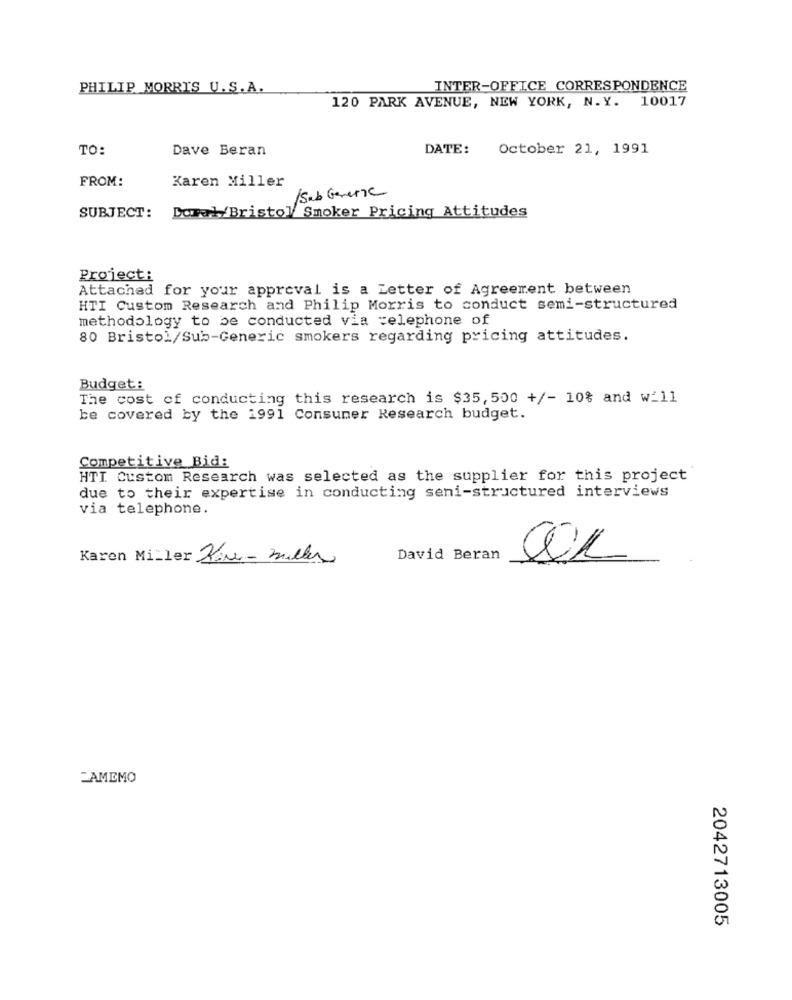
PHILIP MORRIS U.S.A.
INTER-OFFICE CORRESPONDENCE
120 PARK AVENUE, NEW YORK, N. Y. 10017
TO:
Dave Beran
DATE:
October 21, 1991
FROM:
Karen Miller
/Sub Generic
Dorar/Bristol Smoker Pricing Attitudes
SUBJECT:
Project:
Attached for your approval is a Letter of Agreement between
HTI Custom Research and Philip Morris to conduct semi-structured
methodology to be conducted via =elephone of
80 Bristol/Sub-Generic smokers regarding pricing attitudes.
Budget:
The cost of conducting this research is $35, 500 +/- 10% and will
be covered by the 1991 Consumer Research budget.
Competitive Bid:
HTI Custom Research was selected as the supplier for this project
due to their expertise in conducting seni-structured interviews
via telephone.
Karen Miller Kir- miller
David Beran
AMEMO
2042713005